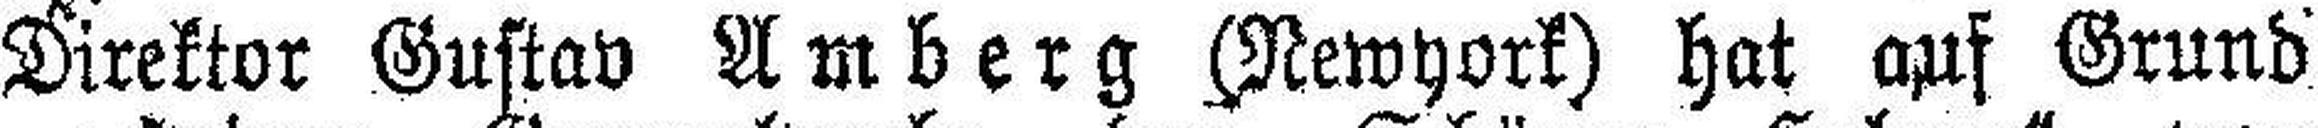
Direktor Gustav Amberg (Newyork) hat auf Grund